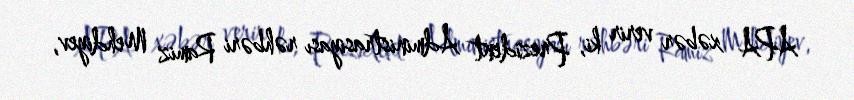
APA xəbər verir ki, Prezident Administrasiyası rəhbəri Ramiz Mehdiyev,